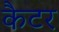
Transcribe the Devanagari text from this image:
कैटर